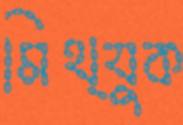
মিথ্যুক